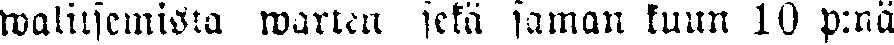
walitsemista warten sekä saman kuun 10 p:nä